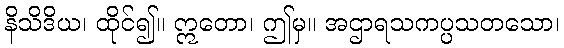
နိသိဒိယ၊ ထိုင်၍။ ဣတော၊ ဤမှ။ အဌာရသကပ္ပသတသော၊